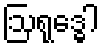
ဩရုဒ္ဓေါ